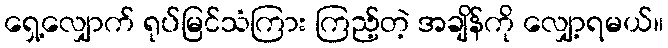
ရှေ့လျှောက် ရုပ်မြင်သံကြား ကြည့်တဲ့ အချိန်ကို လျှော့ရမယ်။